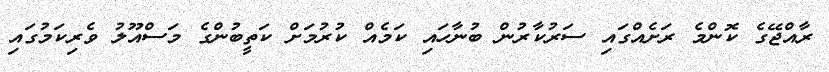
ރާއްޖޭގެ ކޮންމެ ރަށެއްގައި ސަރުކާރުން ބުނާހައި ކަމެއް ކުރުމަށް ކަތީބުންގެ މަސްއޫލު ވެރިކަމުގައި